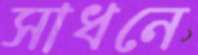
সাধনে